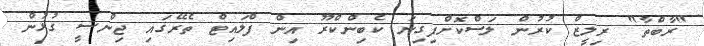
"ރާބްތާ" ރިލީޒް ކުރުން ލަސްކޮށްފިގިނަ ކެބިންކްރޫ އިން ފްލައިޓް ތެރޭގައި ޖިންސީ ގުޅުން